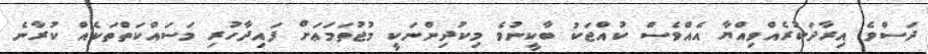
ދަސްވެ އިރާދަކުރެއްވިއްޔާ އެއްވެސް ކުއްޖަކު ބާކީނުވެ މިކުދިންނަކީ މުޖުތަމަޢަށް ފައިދާހުރި މަސައްކަތްތަކެއް ކުރާނެ